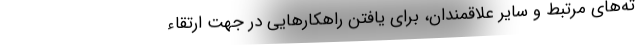
ته‌های مرتبط و سایر علاقمندان، برای یافتن راهکارهایی در جهت ارتقاء